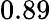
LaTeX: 0.89